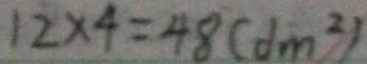
1 2 \times 4 = 4 8 ( d m ^ { 2 } )